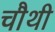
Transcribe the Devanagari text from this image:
चाैथी